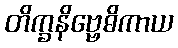
တိက္ခနိဗ္ဗေဓိကာယ